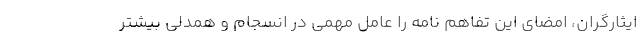
ایثارگران، امضای این تفاهم نامه را عامل مهمی در انسجام و همدلی بیشتر